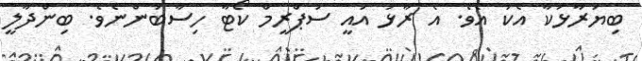
ބިޔަރާޅަކާ އެކު އެވެ. އެ ރާޅު އައީ ސުޕްރީމް ކޯޓާ ހިސާބުންނެވެ. ބިންދާލީ